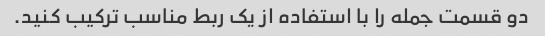
دو قسمت جمله را با استفاده از یک ربط مناسب ترکیب کنید.